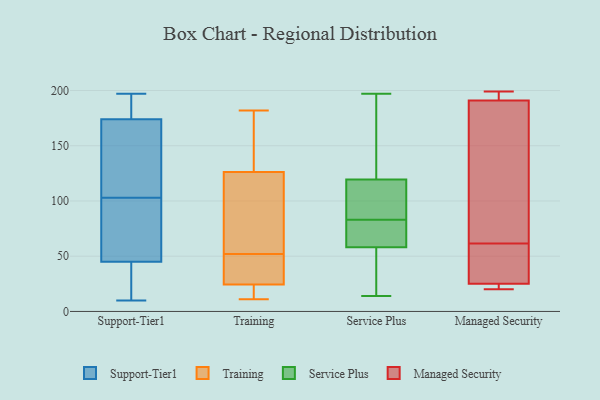
{"axis": {"x": "Tickets Resolved", "y": "Value"}, "legend": ["Managed Security", "Service Plus", "Support-Tier1", "Training"], "data": [{"x": "", "y": 117, "type": "Support-Tier1"}, {"x": "", "y": 197, "type": "Support-Tier1"}, {"x": "", "y": 174, "type": "Support-Tier1"}, {"x": "", "y": 152, "type": "Support-Tier1"}, {"x": "", "y": 175, "type": "Support-Tier1"}, {"x": "", "y": 70, "type": "Support-Tier1"}, {"x": "", "y": 182, "type": "Support-Tier1"}, {"x": "", "y": 89, "type": "Support-Tier1"}, {"x": "", "y": 121, "type": "Support-Tier1"}, {"x": "", "y": 85, "type": "Support-Tier1"}, {"x": "", "y": 10, "type": "Support-Tier1"}, {"x": "", "y": 14, "type": "Support-Tier1"}, {"x": "", "y": 19, "type": "Support-Tier1"}, {"x": "", "y": 45, "type": "Support-Tier1"}, {"x": "", "y": 11, "type": "Training"}, {"x": "", "y": 182, "type": "Training"}, {"x": "", "y": 68, "type": "Training"}, {"x": "", "y": 50, "type": "Training"}, {"x": "", "y": 133, "type": "Training"}, {"x": "", "y": 38, "type": "Training"}, {"x": "", "y": 134, "type": "Training"}, {"x": "", "y": 13, "type": "Training"}, {"x": "", "y": 16, "type": "Training"}, {"x": "", "y": 20, "type": "Training"}, {"x": "", "y": 52, "type": "Training"}, {"x": "", "y": 51, "type": "Training"}, {"x": "", "y": 67, "type": "Training"}, {"x": "", "y": 106, "type": "Training"}, {"x": "", "y": 158, "type": "Training"}, {"x": "", "y": 62, "type": "Service Plus"}, {"x": "", "y": 67, "type": "Service Plus"}, {"x": "", "y": 57, "type": "Service Plus"}, {"x": "", "y": 163, "type": "Service Plus"}, {"x": "", "y": 16, "type": "Service Plus"}, {"x": "", "y": 83, "type": "Service Plus"}, {"x": "", "y": 104, "type": "Service Plus"}, {"x": "", "y": 125, "type": "Service Plus"}, {"x": "", "y": 109, "type": "Service Plus"}, {"x": "", "y": 14, "type": "Service Plus"}, {"x": "", "y": 106, "type": "Service Plus"}, {"x": "", "y": 96, "type": "Service Plus"}, {"x": "", "y": 56, "type": "Service Plus"}, {"x": "", "y": 64, "type": "Service Plus"}, {"x": "", "y": 16, "type": "Service Plus"}, {"x": "", "y": 172, "type": "Service Plus"}, {"x": "", "y": 123, "type": "Service Plus"}, {"x": "", "y": 197, "type": "Service Plus"}, {"x": "", "y": 61, "type": "Service Plus"}, {"x": "", "y": 25, "type": "Managed Security"}, {"x": "", "y": 21, "type": "Managed Security"}, {"x": "", "y": 199, "type": "Managed Security"}, {"x": "", "y": 192, "type": "Managed Security"}, {"x": "", "y": 191, "type": "Managed Security"}, {"x": "", "y": 189, "type": "Managed Security"}, {"x": "", "y": 90, "type": "Managed Security"}, {"x": "", "y": 31, "type": "Managed Security"}, {"x": "", "y": 20, "type": "Managed Security"}, {"x": "", "y": 33, "type": "Managed Security"}]}